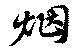
烟